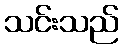
သင်းသည်